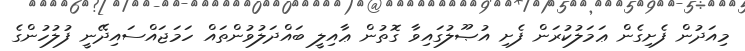
މިއަދުން ފެށިގެން ޢަމަލުކުރަން ފެށި އުޞޫލުގައިވާ ގޮތުން ޢާއިލީ ބައްދަލުވުންތައް ހަމަޖައްސައިދޭނީ ފުލުހުންގެ